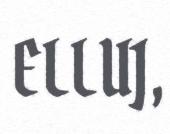
ELLUJ,